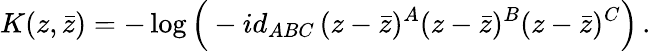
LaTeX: K(z,\bar{z})=-\log\Big(-id_{ABC}\, (z-\bar{z})^{A}(z-\bar{z})^{B}(z-\bar{z})^{C}\Big)\, .